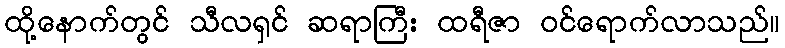
ထို့နောက်တွင် သီလရှင် ဆရာကြီး ထရီဇာ ဝင်ရောက်လာသည်။